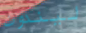
ليندون